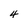
Character: 4